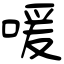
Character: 喛